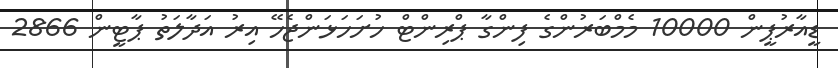
ޑީއާރުޕީން 10000 މެމްބަރުންގެ ފިންގާ ޕްރިންޓް ހުށަހަޅަންޖެހޭ އިރު އަދާލަތު ޕާޓީން 2866